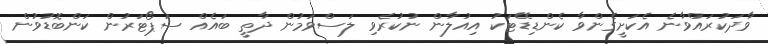
ވާދަކުރައްވާނެ އެކަށީގެންވާ ކެންޑިޑޭޓަކު އިއުލާން ނުކުރެވި ލަސްވަމުން ދާތީ ބައެއް ސަޕޯޓަރުން ކަންބޮޑުވުން